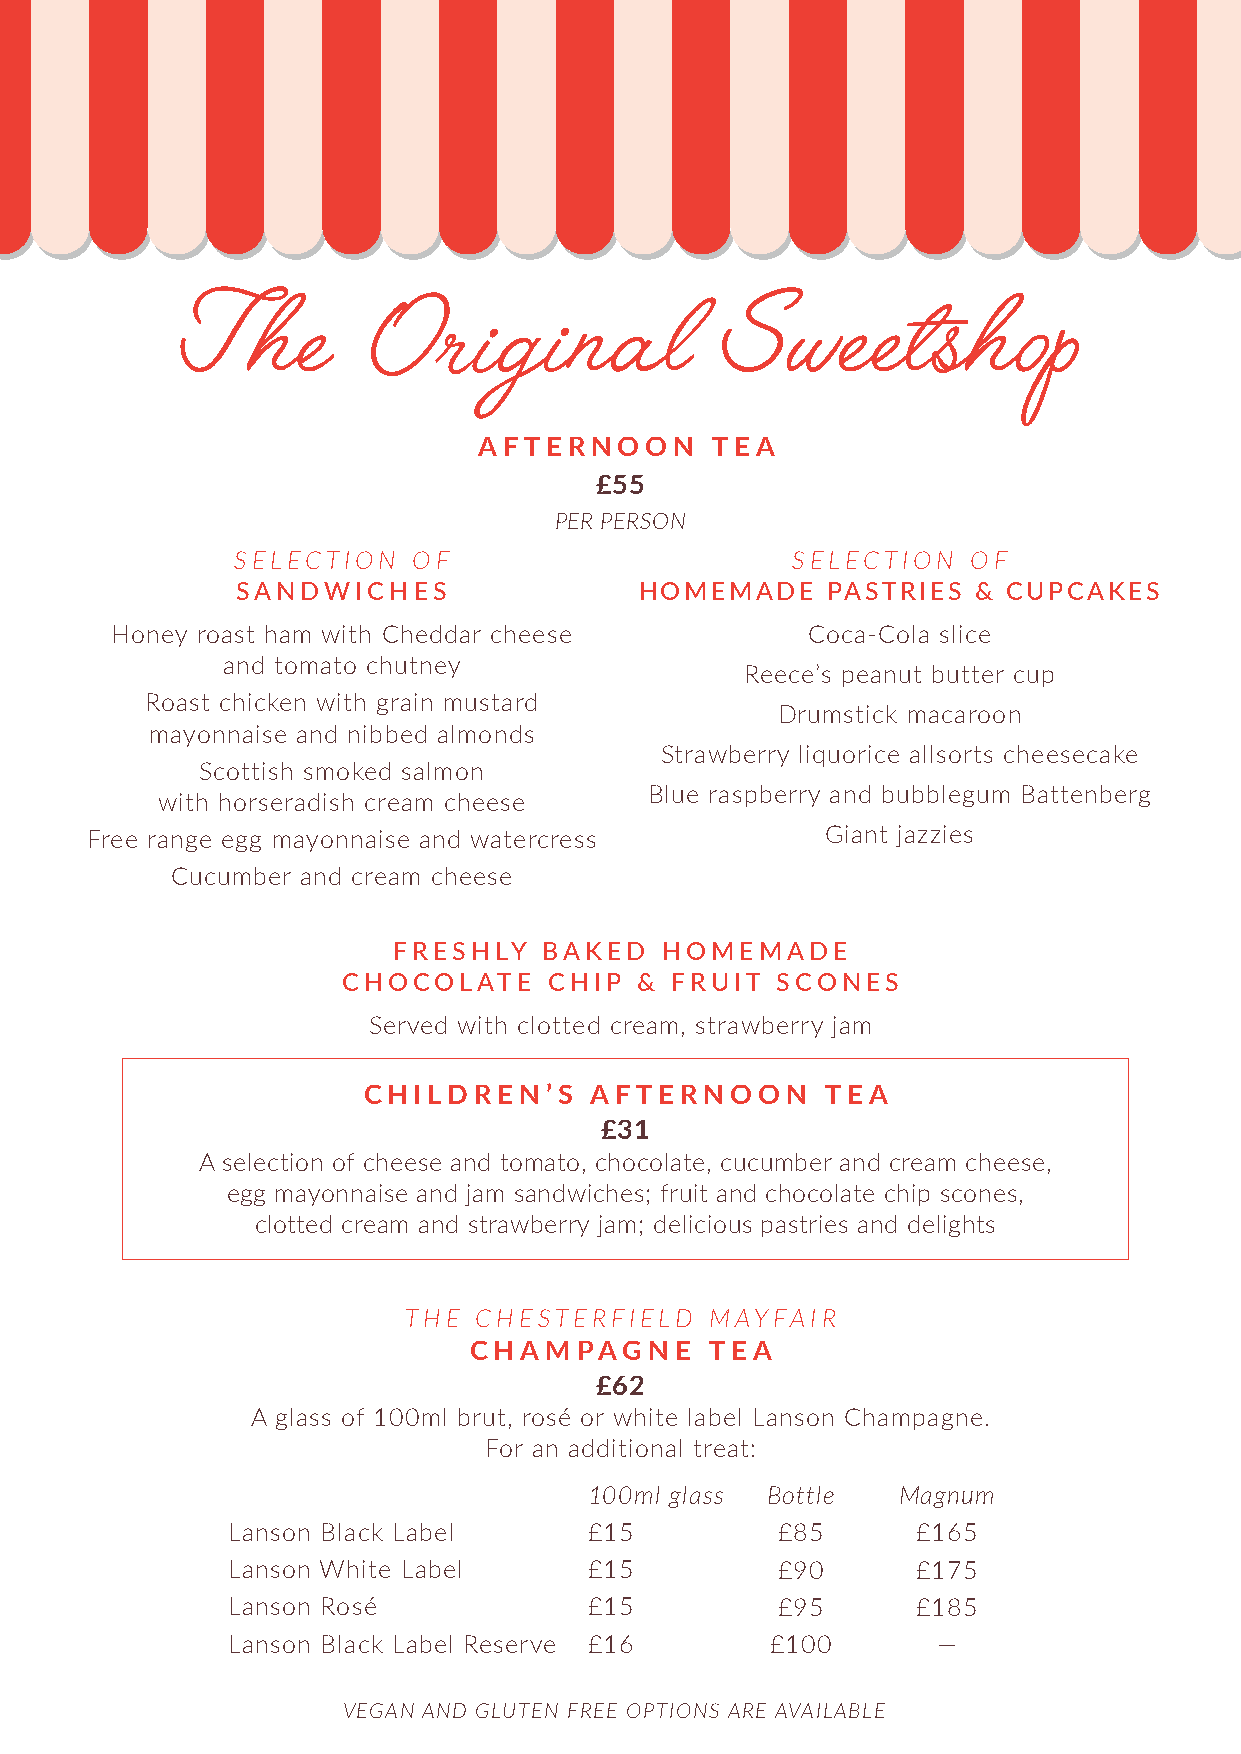
AFTERNOON      TEA
 £55
 PER PERSON
 SELECTION   OF                       SELECTION   OF
 SANDWICHES                HOMEMADE     PASTRIES  & CUPCAKES
 Honey roast ham with Cheddar cheese           Coca-Cola slice
 and tomato chutney
 Reece’s peanut butter cup
 Roast chicken with grain mustard
 Drumstick macaroon
 mayonnaise and nibbed almonds
 Strawberry liquorice allsorts cheesecake
 Scottish smoked salmon
 Blue raspberry and bubblegum Battenberg
 with horseradish cream cheese
 Free range egg mayonnaise and watercress         Giant jazzies
 Cucumber and cream cheese
 FRESHLY   BAKED   HOMEMADE
 CHOCOLATE    CHIP  & FRUIT  SCONES
 Served with clotted cream, strawberry jam
 CHILDREN’S     AFTERNOON       TEA
 £31
 A selection of cheese and tomato, chocolate, cucumber and cream cheese,
 egg mayonnaise and jam sandwiches; fruit and chocolate chip scones,
 clotted cream and strawberry jam; delicious pastries and delights
 THE CHESTERFIELD    MAYFAIR
 CHAMPAGNE       TEA
 £62
 A glass of 100ml brut, rosé or white label Lanson Champagne.
 For an additional treat:
 100ml glass Bottle  Magnum
 Lanson Black Label      £15         £85       £165
 Lanson White Label      £15         £90       £175
 Lanson Rosé             £15         £95       £185
 Lanson Black Label Reserve £16      £100       —
 VEGAN AND GLUTEN FREE OPTIONS ARE AVAILABLE